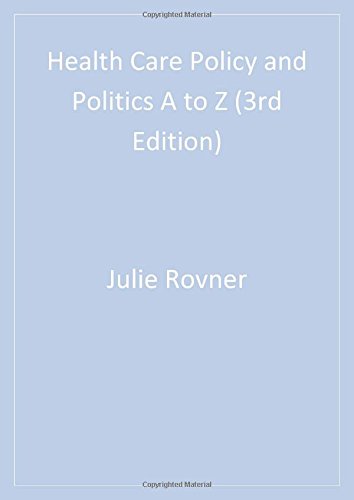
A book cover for Health Care Policy and Politics A To Z, 3rd Edition (Health Care Policy & Politics A to Z); Julie Rovner; Medical Books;